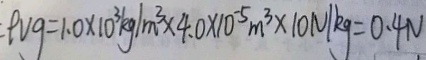
\rho v g = 1 . 0 \times 1 0 ^ { 3 } k g / m ^ { 3 } \times 4 . 0 \times 1 0 ^ { - 5 } m ^ { 3 } \times 1 0 N / k g = 0 . 4 N